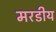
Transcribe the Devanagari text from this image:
मरडीय